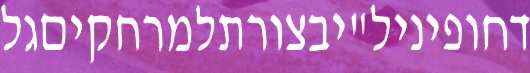
דחופיניל"יבצורתלמרחקיםגל